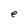
Character: e